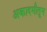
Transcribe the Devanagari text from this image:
अकादमीतून